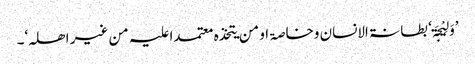
’وَلِیْجَۃ‘ بطانۃ الانسان وخاصۃ او من یتخذہ معتمدا علیہ من غیر اھلہ‘۔